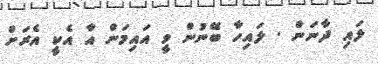
ލައި ދާނަން . ލައިހާ ބޭނުން ވީ އައިމަން އާ އެކީ އެރަށް